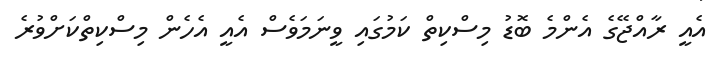
އެއީ ރާއްޖޭގެ އެންމެ ބޮޑު މިސްކިތް ކަމުގައި ވީނަމަވެސް އެއީ އެހެން މިސްކިތްކަށްވުރެ